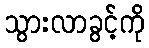
သွားလာခွင့်ကို